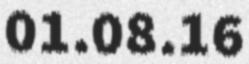
01.08.16